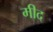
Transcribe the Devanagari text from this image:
मीद